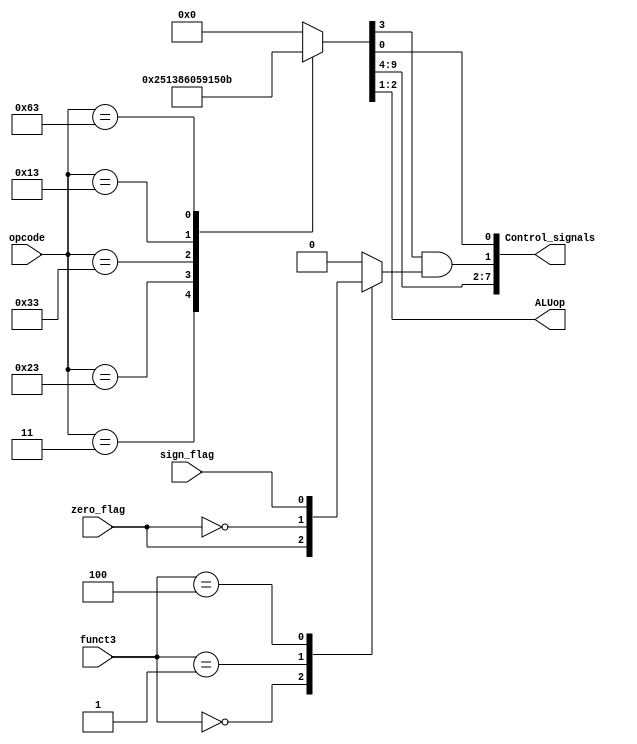
module Control_decoder(opcode,zero_flag,sign_flag,funct3,Control_signals,ALUop);

input [6:0] opcode;
input zero_flag,sign_flag;
input [2:0] funct3 ;
output [7:0] Control_signals;
output [1:0] ALUop;

wire beq,bnq,blt,PCSrc;
reg required_branch;
reg [9:0] decoder_output;


always@(*)
begin

case(opcode)

7'b0000011:decoder_output=10'b1001010001;
7'b0100011:decoder_output=10'b0011100001;
7'b0110011:decoder_output=10'b1000000101;
7'b0010011:decoder_output=10'b1001000101;
7'b1100011:decoder_output=10'b0100001011;
default:   decoder_output=10'b0000000000;
endcase
end



assign beq=zero_flag;
assign bnq=(~zero_flag);
assign blt=sign_flag;

always@(*)
begin

case(funct3)

3'b000:required_branch=beq;
3'b001:required_branch=bnq;
3'b100:required_branch=blt;
default:required_branch=0;

endcase
end

assign PCSrc=decoder_output[3]&required_branch;

assign Control_signals={decoder_output[9:4],PCSrc,decoder_output[0]};
assign ALUop=decoder_output[2:1];

endmodule